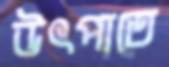
উৎপাতে